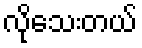
လိုသေးတယ်